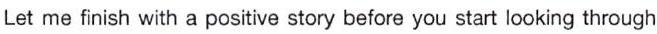
Let me finish with a positive story before you start looking through